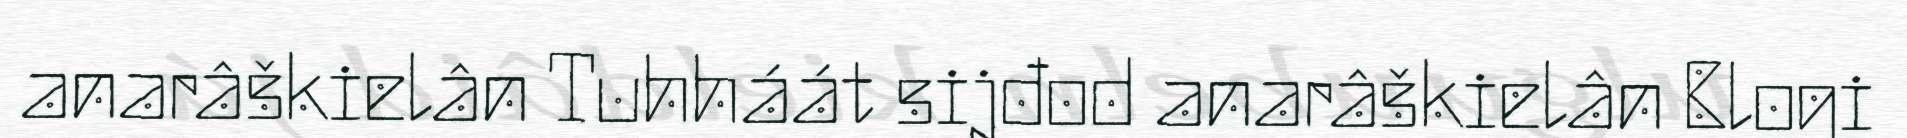
anarâškielân Tuhháát sijđod anarâškielân Blogi